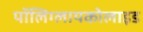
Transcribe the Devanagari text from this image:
पॉलिग्लायकोलाइड